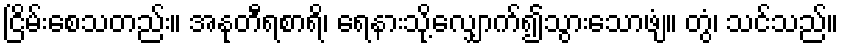
ငြိမ်းစေသတည်း။ အနုတီရစာရိ၊ ရေနားသို့လျှောက်၍သွားသောဖျံ။ တွံ၊ သင်သည်။